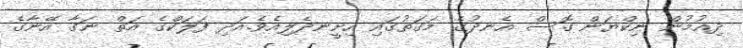
ދިއުމުން ނިކްޔަން ގޮސް އެނދުގެ މަގަތުގައި އިށީނދެލިއެވެ.އަދި ފަލަކްގެ އަތް ނަގާ އޭނާގެ